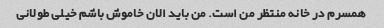
همسرم در خانه منتظر من است. من باید الان خاموش باشم خیلی طولانی